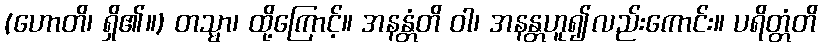
(ဟောတိ၊ ရှိ၏။) တသ္မာ၊ ထို့ကြောင့်။ အနန္တံတိ ဝါ၊ အနန္တဟူ၍လည်းကောင်း။ ပရိတ္တံတိ